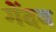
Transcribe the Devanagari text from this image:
गेंदब